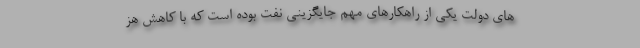
های دولت یکی از راهکارهای مهم جایگزینی نفت بوده است که با کاهش هز